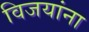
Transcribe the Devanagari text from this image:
विजयांना